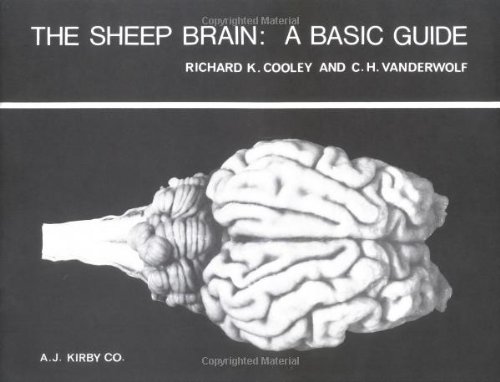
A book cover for The Sheep Brain: A Basic Guide; Richard K Cooley; Medical Books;